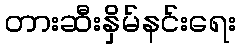
တားဆီးနှိမ်နင်းရေး